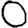
Digit: 0